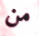
من